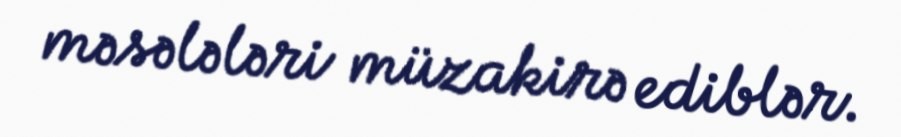
məsələləri müzakirə ediblər.